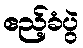
ဧည့်ခံပွဲ